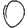
Digit: 0